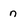
Character: n